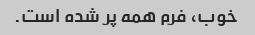
خوب، فرم همه پر شده است.